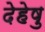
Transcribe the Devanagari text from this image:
देहेषु